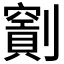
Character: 𠠖